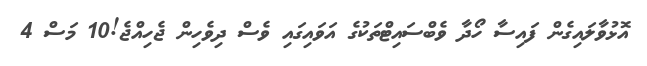
އޮޅުވާލައިގެން ފައިސާ ހޯދާ ވެބްސައިޓްތަކުގެ އަވައިގައި ވެސް ދިވެހިން ޖެހިއްޖެ!10 މަސް 4